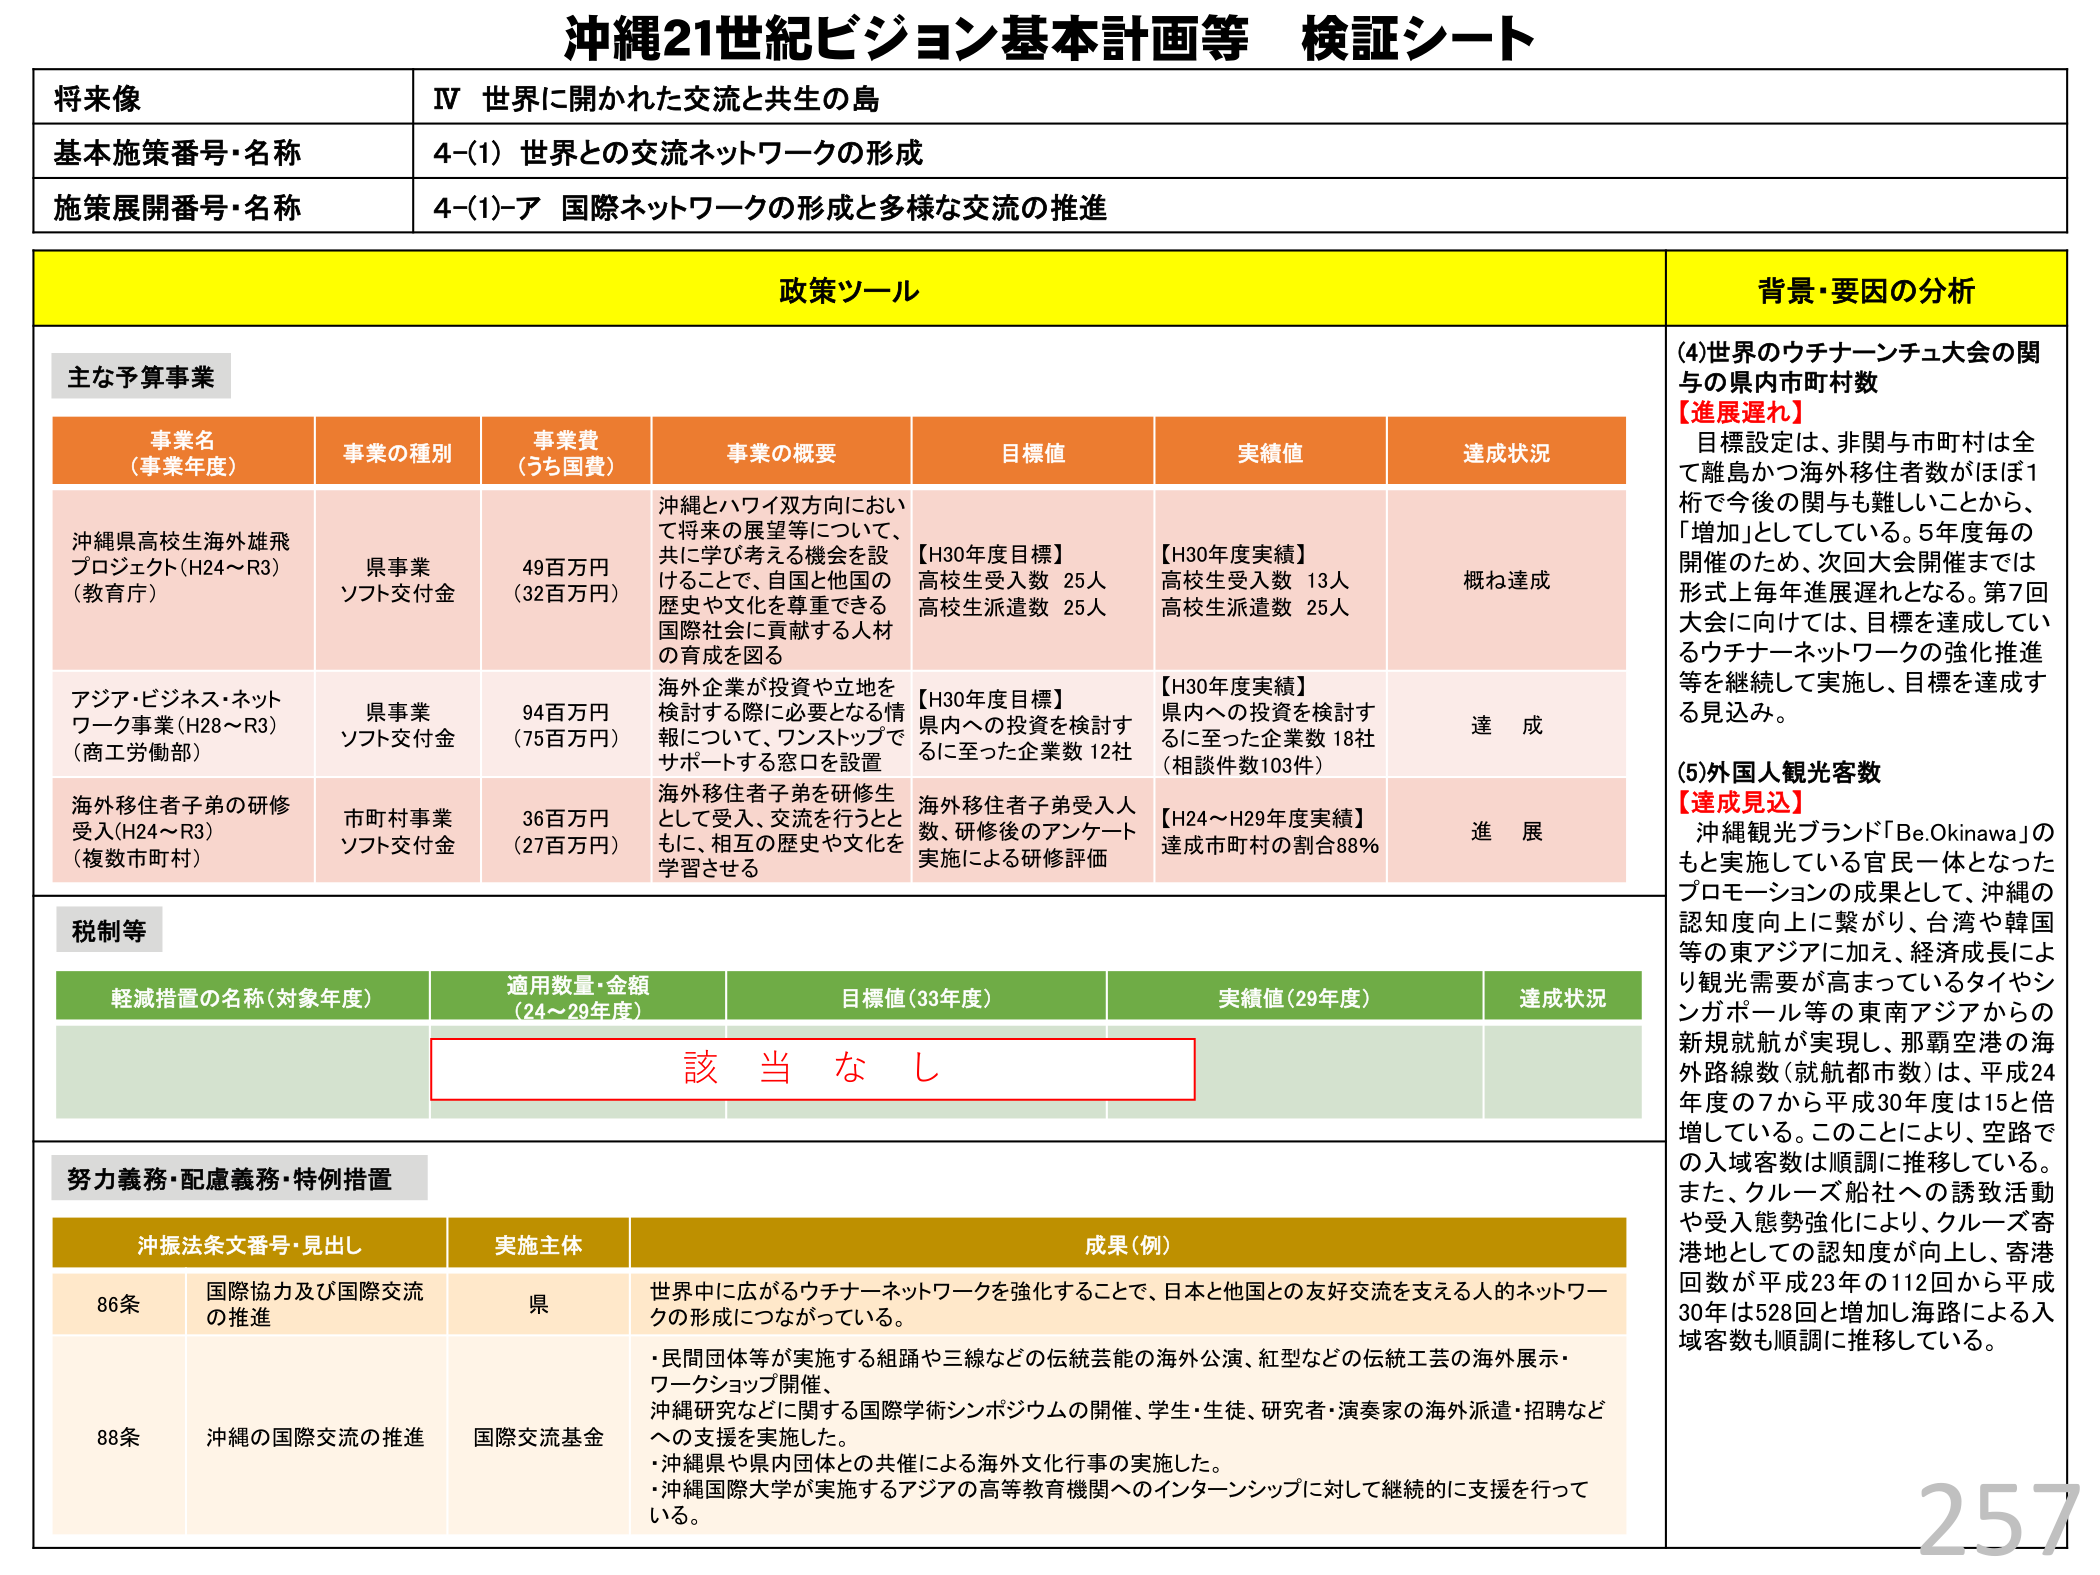
沖縄21世紀ビジョン基本計画等 検証シート

将来像
IV 世界に開かれた交流と共生の島

基本施策番号・名称
4-(1) 世界との交流ネットワークの形成

施策展開番号・名称
4-(1)-ア 国際ネットワークの形成と多様な交流の推進

政策ツール

主な予算事業

事業名（事業年度）
事業の種別
事業費（うち国費）
事業の概要
目標値
実績値
達成状況

沖縄県高校生海外雄飛プロジェクト（H24～R3）（教育庁）
県事業 ソフト交付金
49百万円（32百万円）
沖縄とハワイ双方向において将来の展望等について、共に学び考える機会を設けることで、自国と他国の歴史や文化を尊重できる国際社会に貢献する人材の育成を図る
【H30年度目標】高校生受入数 25人 高校生派遣数 25人
【H30年度実績】高校生受入数 13人 高校生派遣数 25人
概ね達成

アジア・ビジネス・ネットワーク事業（H28～R3）（商工労働部）
県事業 ソフト交付金
94百万円（75百万円）
海外企業が投資や立地を検討する際に必要となる情報について、ワンストップでサポートする窓口を設置
【H30年度目標】県内への投資を検討するに至った企業数 12社
【H30年度実績】県内への投資を検討するに至った企業数 18社（相談件数103件）
達成

海外移住者子弟の研修受入（H24～R3）（複数市町村）
市町村事業 ソフト交付金
36百万円（27百万円）
海外移住者子弟を研修生として受入、交流を行うとともに、相互の歴史や文化を学習させる
海外移住者子弟受入人数、研修後のアンケート実施による研修評価
【H24～H29年度実績】達成市町村の割合88％
進展

税制等

軽減措置の名称（対象年度）
適用数量・金額（24～29年度）
目標値（33年度）
実績値（29年度）
達成状況
該当なし

努力義務・配慮義務・特例措置

沖振法条文番号・見出し
実施主体
成果（例）

86条 国際協力及び国際交流の推進
県
世界中に広がるウチナーネットワークを強化することで、日本と他国との友好交流を支える人的ネットワークの形成につながっている。

88条 沖縄の国際交流の推進
国際交流基金
・民間団体等が実施する組踊や三線などの伝統芸能の海外公演、紅型などの伝統工芸の海外展示・ワークショップ開催、
沖縄研究などに関する国際学術シンポジウムの開催、学生・生徒、研究者・演奏家の海外派遣・招聘などへの支援を実施した。
・沖縄県や県内団体との共催による海外文化行事の実施した。
・沖縄国際大学が実施するアジアの高等教育機関へのインターンシップに対して継続的に支援を行っている。

背景・要因の分析

(4)世界のウチナーンチュ大会の関与の県内市町村数
【進展遅れ】
目標設定は、非関与市町村は全て離島かつ海外移住者数がほぼ1桁で今後の関与も難しいことから、「増加」としている。5年度毎の開催のため、次回大会開催までは形式上年々進展遅れとなる。第7回大会に向けては、目標を達成しているウチナーネットワークの強化推進等を継続して実施し、目標を達成する見込み。

(5)外国人観光客数
【達成見込】
沖縄観光ブランド「Be.Okinawa」のもと実施している官民一体となったプロモーションの成果として、沖縄の認知度向上に繋がり、台湾や韓国等の東アジアに加え、経済成長により観光需要が高まっているタイやシンガポール等の東南アジアからの新規就航が実現し、那覇空港の海外路線数（就航都市数）は、平成24年度の7から平成30年度は15と倍増している。このことにより、空路での入域客数は順調に推移している。また、クルーズ船社への誘致活動や受入態勢強化により、クルーズ寄港回数が平成23年の112回から平成30年は528回と増加し海路による入域客数も順調に推移している。

257